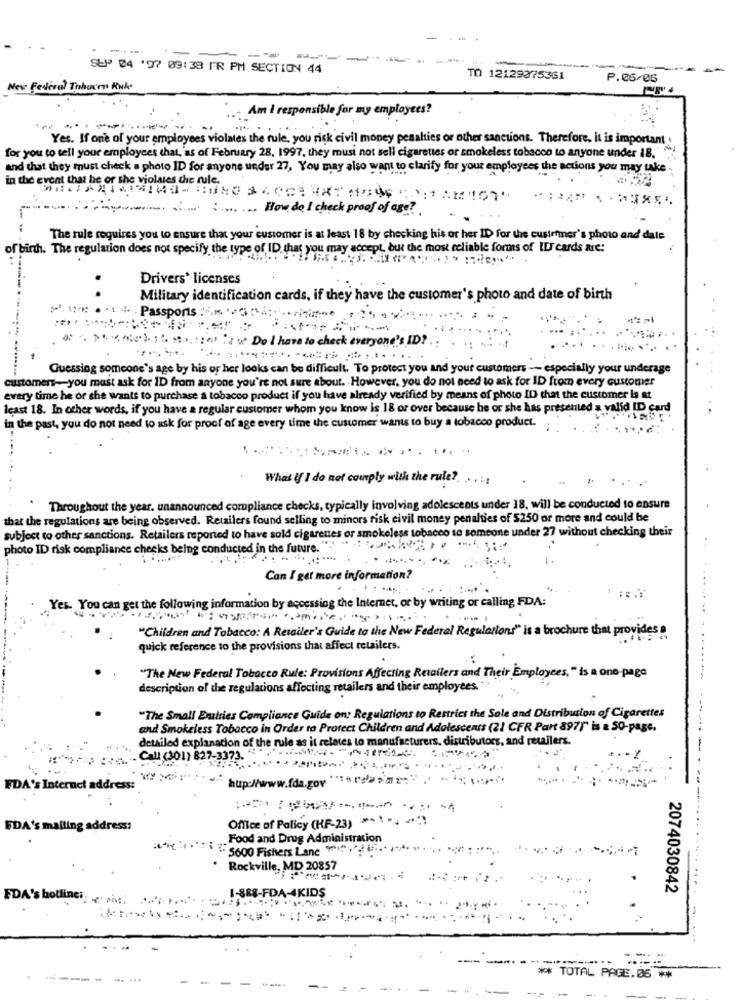
-
SUP 04 '97 09:38 FR PM SECTION 44
-
TO 12129375361
P.06/06
Nev Federal Trhucen Kuk.
Am I responsible for my employees?
Yes. If one of your employees violates the rule, you risk civil money penalties or other sanctions. Therefore, it is important
for you to tell your employees that, as of February 28. 1997, they musi not sell cigarettes or smokeless tobacco to anyone under 18."
and that they must check a photo ID for anyone under 27, You may also want to clarify for your employees the actions you may take
in the event that he or she violates the rule.
:.... ... How de I check proof of age?
The rule requires you to ensure that your customer is at least 18 by checking his or her ID for the custrfmer's photo and dale
of birth. The regulation does not specify the type of ID, that you may accept, but the most reliable forms of IE cards are:
Drivers* licenses
Military identification cards, if they have the customer's photo and date of birth
>. . . .. 4 · Passports :4 ;.. ii-
8 ")59);""> .; n " Do i have to check everyone's ID?
Guessing someone's age by his or her looks can be difficult. To protect you and your customers -- especially your underage
customers -- you must ask for 1D from anyone you're not sure about. However, you do not need to ask for ID from every customer
every time he or she wants to purchase a tobacco product if you have already verified by means of photo ID that the customer is at
least 18. In other words, if you have a regular customer whom you know is 18 or over because he or she has presented a valid ID card
in the past, you do not need to ask for proof of age every time the customer wants to buy a tobacco product.
What if I do not comply with the rule?
Throughout the year. unannounced compliance checks, typically involving adolescents under 18, will be conducted to ensure
that the regulations are being observed. Retailers found selling to minors risk civil money penalties of $250 or more and could be
subject to other sanctions. Retailers reported to have sold cigarettes or smokeless tobacco to someone under 27 without checking their
photo ID risk compliance checks being conducted in the future.
Can I get more information?
Yes. You can get the following information by accessing the Internet, or by writing or calling FDA:
"Children and Tobacco: A Retailer's Guide to the New Federal Regulations" is a brochure that provides a
quick reference to the provisions that affect retailers.
"The New Federal Tobacco Rule: Provisions Affecting Retailers and Their Employees, " is a one-page
-
description of the regulations affecting retailers and their employees.
"The Small Entries Compliance Guide on; Regulations to Restrict the Sale and Distribution of Cigarettes
and Smokeless Tobacco in Order to Protect Children and Adolescents (21 CFR Part 8971" is & 50-page.
detailed explanation of the rule as it relates to manufacturers. distributors, and retailers.
-----
Call (301) 827-3373. 49-
FDA's Internet address:
hup://www.fda.gov
Office of Policy (HF-23) ** * -* *** )
EDA's mailing address:
Food and Drug Administration
5600 Fishers Lane .
. ..
Rockville, MD 20857
2074030842
FDA's hotlinci. .. .... ...
1-888-FDA-4KIDS
--
....
** TOTAL PAGE.06 **
-